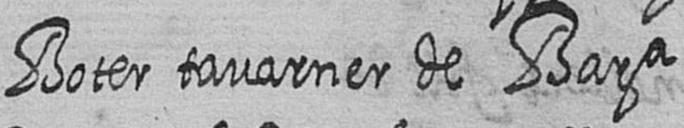
Boter tavarner de Bara